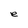
Character: e